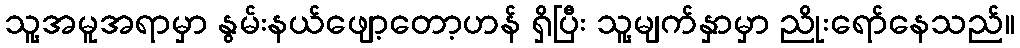
သူ့အမူအရာမှာ နွမ်းနယ်ဖျော့တော့ဟန် ရှိပြီး သူ့မျက်နှာမှာ ညိုးရော်နေသည်။